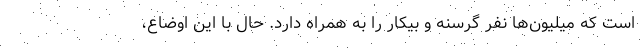
است که میلیون‌ها نفر گرسنه و بیکار را به همراه دارد. حال با این اوضاع،